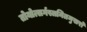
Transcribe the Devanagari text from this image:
तोयोत्सर्गस्तनितमुखरो